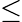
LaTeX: \leq